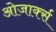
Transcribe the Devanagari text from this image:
ओजार्क्स